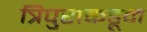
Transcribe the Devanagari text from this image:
त्रिपुराकडून